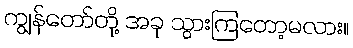
ကျွန်တော်တို့ အခု သွားကြတော့မလား။